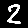
Digit: 2